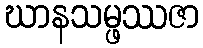
ဃာနသမ္ဖဿဇာ